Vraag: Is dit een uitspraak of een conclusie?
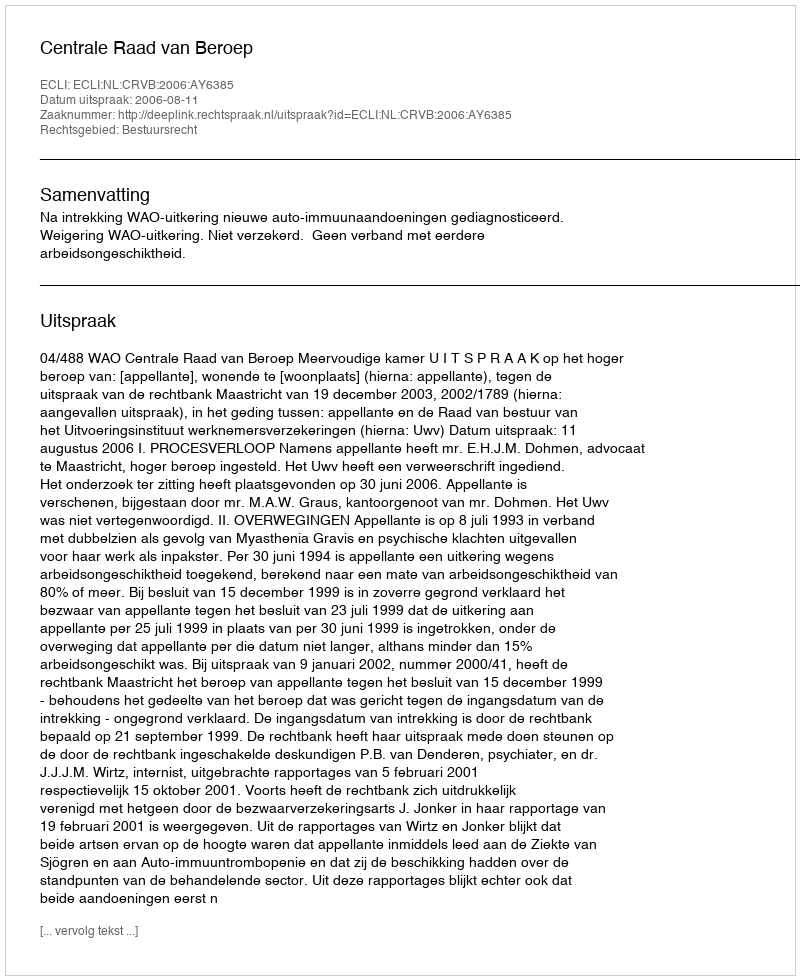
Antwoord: Uitspraak